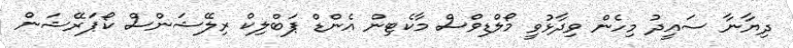
ދިޔާނާ ސައީދު މިހެން ވިދާޅުވީ މޯލްޑިވްސް މާކެޓިން އެންޑް ޕަބްލިކް ރިލޭޝަންސް ކޯޕަރޭޝަން